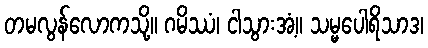
တမလွန်လောကသို့။ ဂမိဿံ၊ ငါသွားအံ့။ သမ္မပေါရိသာဒ၊